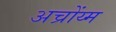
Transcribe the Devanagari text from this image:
अच्रोंय्म